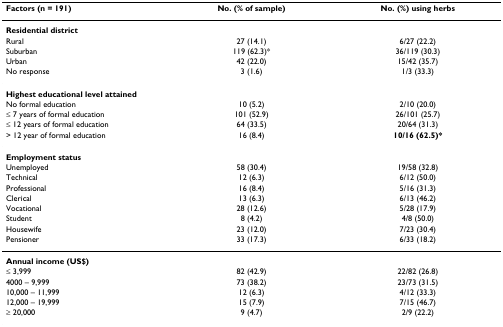
<table><thead><tr><td><b>Factors (n = 191)</b></td><td><b>No. (% of sample)</b></td><td><b>No. (%) using herbs</b></td></tr></thead><tbody><tr><td><b>Residential district</b></td><td></td><td></td></tr><tr><td>Rural</td><td>27 (14.1)</td><td>6/27 (22.2)</td></tr><tr><td>Suburban</td><td>119 (62.3)*</td><td>36/119 (30.3)</td></tr><tr><td>Urban</td><td>42 (22.0)</td><td>15/42 (35.7)</td></tr><tr><td>No response</td><td>3 (1.6)</td><td>1/3 (33.3)</td></tr><tr><td><b>Highest educational level attained</b></td><td></td><td></td></tr><tr><td>No formal education</td><td>10 (5.2)</td><td>2/10 (20.0)</td></tr><tr><td>≤ 7 years of formal education</td><td>101 (52.9)</td><td>26/101 (25.7)</td></tr><tr><td>≤ 12 years of formal education</td><td>64 (33.5)</td><td>20/64 (31.3)</td></tr><tr><td>&gt; 12 year of formal education</td><td>16 (8.4)</td><td><b>10/16 (62.5)*</b></td></tr><tr><td><b>Employment status </b></td><td></td><td></td></tr><tr><td>Unemployed</td><td>58 (30.4)</td><td>19/58 (32.8)</td></tr><tr><td>Technical</td><td>12 (6.3)</td><td>6/12 (50.0)</td></tr><tr><td>Professional</td><td>16 (8.4)</td><td>5/16 (31.3)</td></tr><tr><td>Clerical</td><td>13 (6.3)</td><td>6/13 (46.2)</td></tr><tr><td>Vocational</td><td>28 (12.6)</td><td>5/28 (17.9)</td></tr><tr><td>Student</td><td>8 (4.2)</td><td>4/8 (50.0)</td></tr><tr><td>Housewife</td><td>23 (12.0)</td><td>7/23 (30.4)</td></tr><tr><td>Pensioner</td><td>33 (17.3)</td><td>6/33 (18.2)</td></tr><tr><td><b>Annual income (US$)</b></td><td></td><td></td></tr><tr><td>≤ 3,999</td><td>82 (42.9)</td><td>22/82 (26.8)</td></tr><tr><td>4000 – 9,999</td><td>73 (38.2)</td><td>23/73 (31.5)</td></tr><tr><td>10,000 – 11,999</td><td>12 (6.3)</td><td>4/12 (33.3)</td></tr><tr><td>12,000 – 19,999</td><td>15 (7.9)</td><td>7/15 (46.7)</td></tr><tr><td>≥ 20,000</td><td>9 (4.7)</td><td>2/9 (22.2)</td></tr></tbody></table>